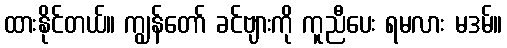
ထားနိုင်တယ်။ ကျွန်တော် ခင်ဗျားကို ကူညီပေး ရမလား မဒမ်။